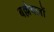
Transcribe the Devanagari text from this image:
बल्लेबज़ों